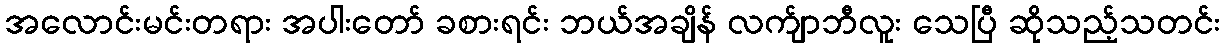
အလောင်းမင်းတရား အပါးတော် ခစားရင်း ဘယ်အချိန် လက်ျာဘီလူး သေပြီ ဆိုသည့်သတင်း